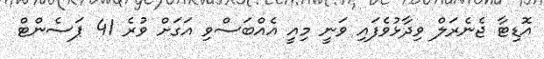
އޮޑިޓާ ޖެނެރަލް ވިދާޅުވެފައި ވަނީ މިއީ އެއްބަސްވި އަގަށް ވުރެ 41 ޕަސެންޓް